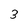
Character: 3